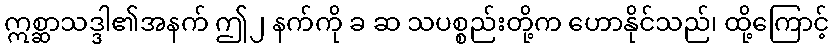
ဣစ္ဆာသဒ္ဒါ၏အနက် ဤ၂ နက်ကို ခ ဆ သပစ္စည်းတို့က ဟောနိုင်သည်၊ ထို့ကြောင့်